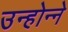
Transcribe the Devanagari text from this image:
उन्होन्ने